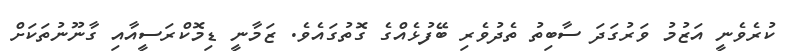
ކުރެވެނީ އަޒުމު ވަރުގަދަ ސާބިތު ތެދުވެރި ބޭފުޅެއްގެ ގޮތުގައެވެ. ޒަމާނީ ޑިމޮކްރަސީއާއި ގާނޫނުތަކަށް